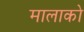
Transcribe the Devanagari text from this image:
मालाको